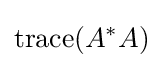
\mathrm {trace} (A^{*}A)